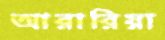
আরারিয়া